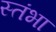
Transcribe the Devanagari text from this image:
स्तंभा